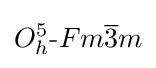
O_{h}^{5}{\text{-}}Fm{\overline {3}}m